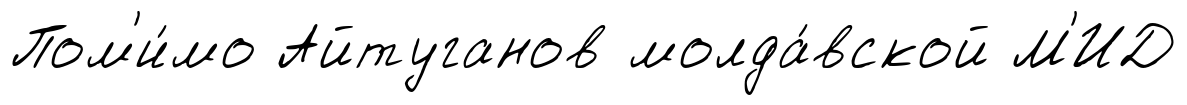
Пом'и́мо Айтуганов молда́вской М'ИД